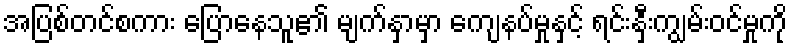
အပြစ်တင်စကား ပြောနေသူ၏ မျက်နှာမှာ ကျေနပ်မှုနှင့် ရင်းနှီးကျွမ်းဝင်မှုကို